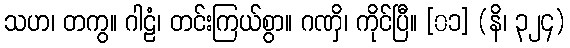
သဟ၊ တကွ။ ဂါဠံ၊ တင်းကြယ်စွာ။ ဂဏှိ၊ ကိုင်ပြီ။ [၀၁] (နိ၊ ၃၂၄)